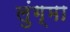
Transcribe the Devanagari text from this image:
लुंग्मा